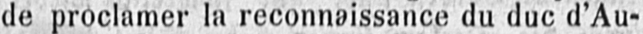
de proclamer la reconnaissance du duc d’Au-